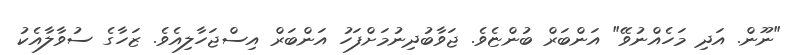
"ނޫން. އަދި މަހެއްނުވޭ" އަންބަރް ބުންޏެވެ. ޖަވާބުދިނުމަށްފަހު އަންބަރް އިސްޖަހާލިއެވެ. ޒަހާގެ ސުވާލާއެކު